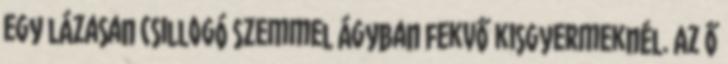
egy lázasan csillogó szemmel ágyban fekvő kisgyermeknél. Az ő